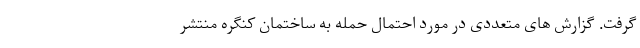
گرفت. گزارش های متعددی در مورد احتمال حمله به ساختمان کنگره منتشر